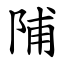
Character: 陠